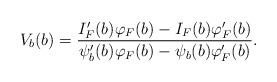
LaTeX: \begin{align*}V_b(b) = \frac{I_F'(b) \varphi_F(b) - I_F(b) \varphi_F'(b)}{\psi_b'(b) \varphi_F(b) - \psi_b(b) \varphi_F'(b)}.\end{align*}